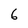
Character: 6